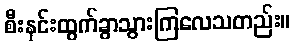
စီးနင်းထွက်ခွာသွားကြလေသတည်း။